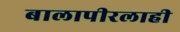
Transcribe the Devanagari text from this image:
बालापीरलाही